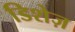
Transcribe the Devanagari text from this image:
डिशेज़